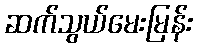
ဆက်သွယ်မေးမြန်း